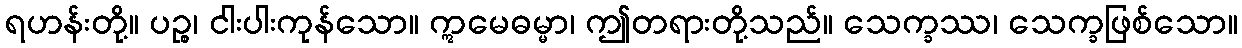
ရဟန်းတို့။ ပဉ္စ၊ ငါးပါးကုန်သော။ ဣမေဓမ္မာ၊ ဤတရားတို့သည်။ သေက္ခဿ၊ သေက္ခဖြစ်သော။